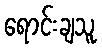
ရောင်းချသူ